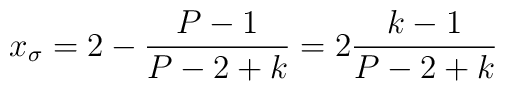
x_{\sigma} = 2 - \frac{P-1}{P-2+k}=2\frac{k-1}{P-2+k}